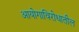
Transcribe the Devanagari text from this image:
आयोगाविरोधातील